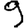
Digit: 9